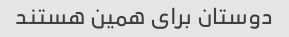
دوستان برای همین هستند